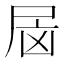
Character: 𰍷